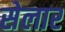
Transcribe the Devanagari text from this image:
सेलार